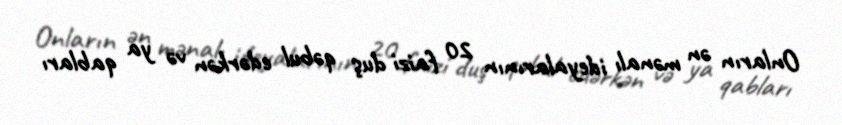
Onların ən mənalı ideyalarının 20 faizi duş qəbul edərkən və ya qabları